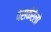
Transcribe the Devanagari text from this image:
पेसकेरेलो